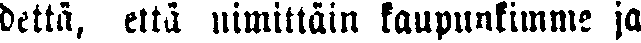
dettä, että nimittäin kaupunkimme ja